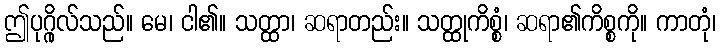
ဤပုဂ္ဂိုလ်သည်။ မေ၊ ငါ၏။ သတ္ထာ၊ ဆရာတည်း။ သတ္ထုကိစ္စံ၊ ဆရာ၏ကိစ္စကို။ ကာတုံ၊